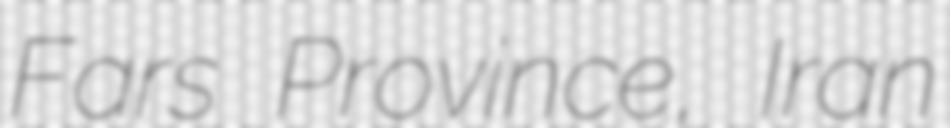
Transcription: Fars Province, Iran